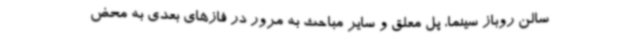
سالن روباز سینما، پل معلق و سایر مباحث به مرور در فازهای بعدی به محض